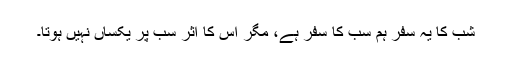
شب کا یہ سفر ہم سب کا سفر ہے، مگر اس کا اثر سب پر یکساں نہیں ہوتا۔